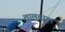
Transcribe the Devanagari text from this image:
लालवाड़ा